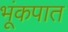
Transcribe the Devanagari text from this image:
भूंकपात